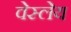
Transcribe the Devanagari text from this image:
वेस्लेय